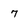
Character: 7